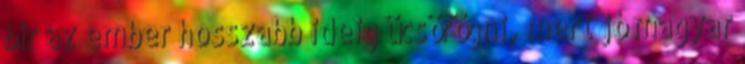
bír az ember hosszabb ideig ücsörögni, mert jó magyar